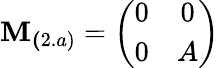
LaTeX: \mathbf{M}_{\mathbf{(}2.a)}=\left(\begin{array}{cc}{{0}}&{{0}}\\ {{0}}&{{A}}\end{array}\right)